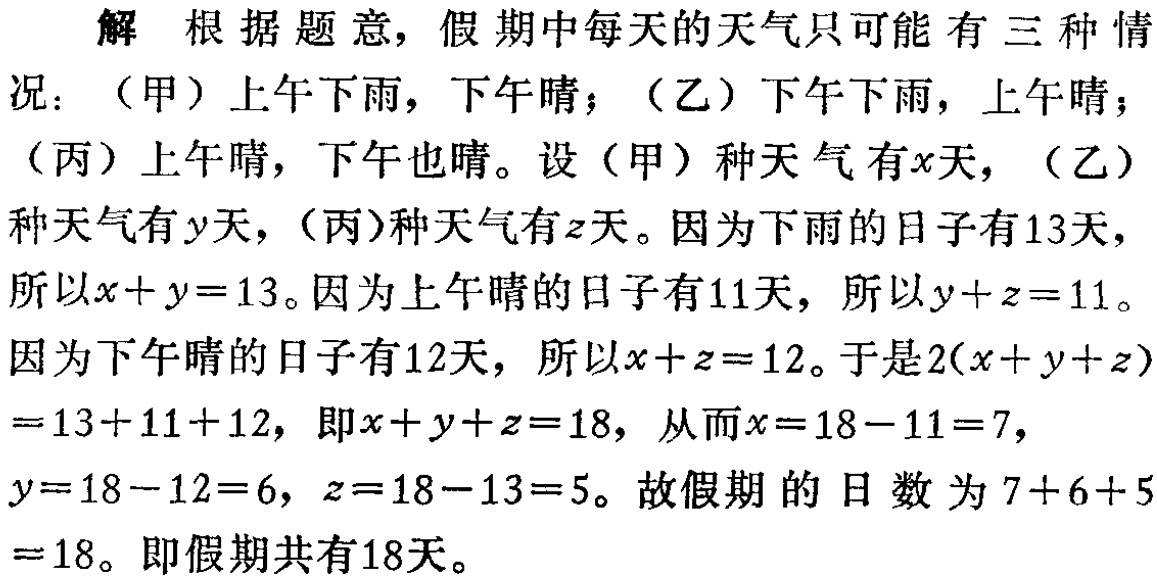
解 根据题意，假期中每天的天气只可能有三种情况：（甲）上午下雨，下午晴；（乙）下午下雨，上午晴；（丙）上午晴，下午也晴。设（甲）种天气有\(x\)天，（乙）种天气有\(y\)天，（丙）种天气有\(z\)天。因为下雨的日子有\(13\)天，所以\(x + y = 13\)。因为上午晴的日子有\(11\)天，所以\(y + z = 11\)。因为下午晴的日子有\(12\)天，所以\(x + z = 12\)。于是\(2(x + y + z)=13 + 11 + 12\)，即\(x + y + z = 18\)，从而\(x = 18 - 11 = 7\)，\(y = 18 - 12 = 6\)，\(z = 18 - 13 = 5\)。故假期的日数为\(7 + 6 + 5 = 18\)。即假期共有\(18\)天。